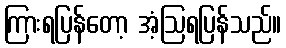
ကြားရပြန်တော့ အံ့ဩရပြန်သည်။